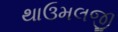
થાઉમલજી